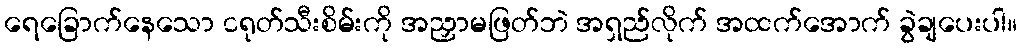
ရေခြောက်နေသော ငရုတ်သီးစိမ်းကို အညှာမဖြတ်ဘဲ အရှည်လိုက် အထက်အောက် ခွဲချပေးပါ။